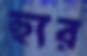
হ্যুর